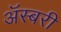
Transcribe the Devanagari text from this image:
अॅस्बरी